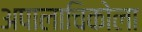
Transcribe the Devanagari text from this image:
अपालाचिकोला